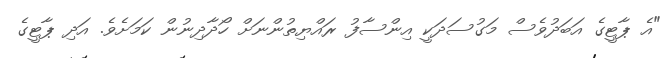
"އެ ޕާޓީގެ އަބަދުވެސް މަގުސަދަކީ އިންސާފު ރައްޔިތުންނަށް ހޯދާދިނުން ކަމަށެވެ. އަދި ޕާޓީގެ